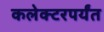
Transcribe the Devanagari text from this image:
कलेक्टरपर्यंत